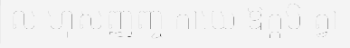
ល ហុសញ្ញញ្ច កាយេ ឱក្កមិ ត្វា